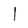
Character: l